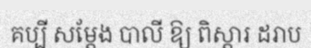
គប្បី សម្តែង បាលី ឱ្យ ពិស្តារ ដរាប